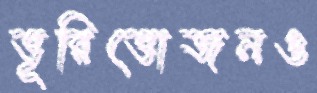
ভূরিভোজনও